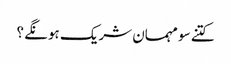
کتنے سو مہمان شریک ہونگے ؟